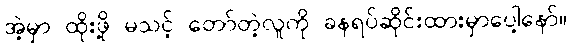
အဲ့မှာ ထိုးဖို့ မသင့် တော်တဲ့လူကို ခနရပ်ဆိုင်းထားမှာပေါ့နော်။